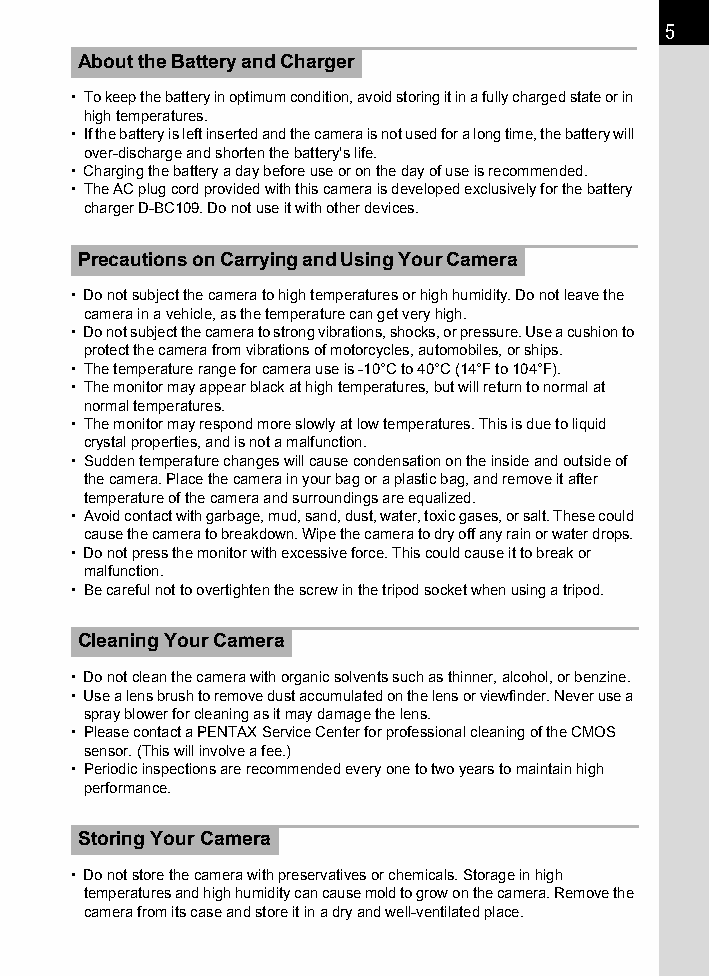
5
 About the Battery and Charger
 • To keep the battery in optimum condition, avoid storing it in a fully charged state or in
 high temperatures.
 • If the battery is left inserted and the camera is not used for a long time, the battery will
 over-discharge and shorten the battery’s life.
 • Charging the battery a day before use or on the day of use is recommended.
 • The AC plug cord provided with this camera is developed exclusively for the battery
 charger D-BC109. Do not use it with other devices.
 Precautions on Carrying and Using Your Camera
 • Do not subject the camera to high temperatures or high humidity. Do not leave the
 camera in a vehicle, as the temperature can get very high.
 • Do not subject the camera to strong vibrations, shocks, or pressure. Use a cushion to
 protect the camera from vibrations of motorcycles, automobiles, or ships.
 • The temperature range for camera use is -10°C to 40°C (14°F to 104°F).
 • The monitor may appear black at high temperatures, but will return to normal at
 normal temperatures.
 • The monitor may respond more slowly at low temperatures. This is due to liquid
 crystal properties, and is not a malfunction.
 • Sudden temperature changes will cause condensation on the inside and outside of
 the camera. Place the camera in your bag or a plastic bag, and remove it after
 temperature of the camera and surroundings are equalized.
 • Avoid contact with garbage, mud, sand, dust, water, toxic gases, or salt. These could
 cause the camera to breakdown. Wipe the camera to dry off any rain or water drops.
 • Do not press the monitor with excessive force. This could cause it to break or
 malfunction.
 • Be careful not to overtighten the screw in the tripod socket when using a tripod.
 Cleaning Your Camera
 • Do not clean the camera with organic solvents such as thinner, alcohol, or benzine.
 • Use a lens brush to remove dust accumulated on the lens or viewfinder. Never use a
 spray blower for cleaning as it may damage the lens.
 • Please contact a PENTAX Service Center for professional cleaning of the CMOS
 sensor. (This will involve a fee.)
 • Periodic inspections are recommended every one to two years to maintain high
 performance.
 Storing Your Camera
 • Do not store the camera with preservatives or chemicals. Storage in high
 temperatures and high humidity can cause mold to grow on the camera. Remove the
 camera from its case and store it in a dry and well-ventilated place.